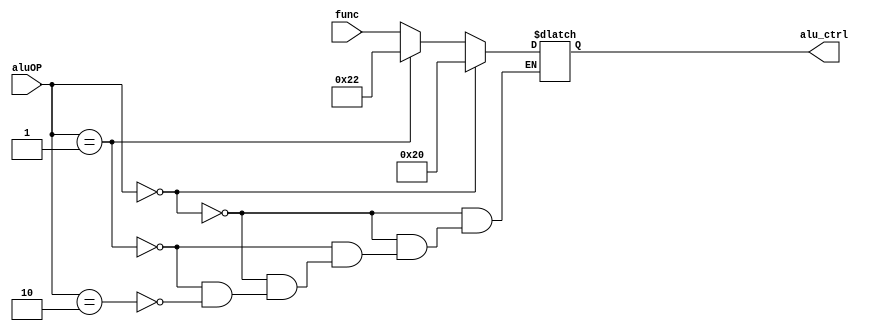
module alu_ctrl(
	input [1:0]		aluOP,
	input [5:0] 	func,
	output [5:0]	alu_ctrl
	);
	
	wire [1:0] aluOP;
	wire [5:0] func;
	reg [5:0] alu_ctrl;
	
	localparam FUNC_ADD = 6'b100000;
	localparam FUNC_SUB = 6'b100010;
	localparam FUNC_AND = 6'b100100;
	localparam FUNC_OR  = 6'b100101;
	localparam FUNC_XOR = 6'b100110;
	localparam FUNC_NOR = 6'b100111;
	localparam FUNC_SLT = 6'b101010;
	localparam FUNC_SLL = 6'b000000;
	localparam FUNC_SRL = 6'b000010;
	localparam FUNC_SRA = 6'b000011;
	localparam FUNC_JR  = 6'b001000;

	always@*
	begin
		if(aluOP == 0)
			alu_ctrl = FUNC_ADD;
		else if(aluOP == 1)
			alu_ctrl = FUNC_SUB;
		else if(aluOP == 2)
			alu_ctrl = func;
	end
endmodule